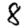
Digit: 8